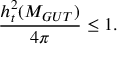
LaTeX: \frac { h _ { t } ^ { 2 } ( M _ { G U T } ) } { 4 \pi } \leq 1 .